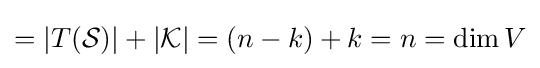
=|T({\mathcal {S}})|+|{\mathcal {K}}|=(n-k)+k=n=\dim V